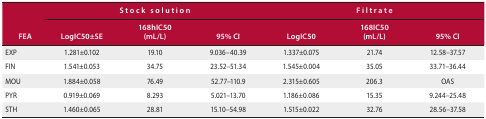
<table><thead><tr><td rowspan="2"><b>FEA</b></td><td colspan="3"><b>Stock solution</b></td><td colspan="3"><b>Filtrate</b></td></tr><tr><td><b>LogIC50±SE</b></td><td><b>168hIC50 (mL/L)</b></td><td><b>95% CI</b></td><td><b>LogIC50</b></td><td><b>168IC50 (mL/L)</b></td><td><b>95% CI</b></td></tr></thead><tbody><tr><td>EXP</td><td>1.281±0.102</td><td>19.10</td><td>9.036–40.39</td><td>1.337±0.075</td><td>21.74</td><td>12.58–37.57</td></tr><tr><td>FIN</td><td>1.541±0.053</td><td>34.75</td><td>23.52–51.34</td><td>1.545±0.004</td><td>35.05</td><td>33.71–36.44</td></tr><tr><td>MOU</td><td>1.884±0.058</td><td>76.49</td><td>52.77–110.9</td><td>2.315±0.605</td><td>206.3</td><td>OAS</td></tr><tr><td>PYR</td><td>0.919±0.069</td><td>8.293</td><td>5.021–13.70</td><td>1.186±0.086</td><td>15.35</td><td>9.244–25.48</td></tr><tr><td>STH</td><td>1.460±0.065</td><td>28.81</td><td>15.10–54.98</td><td>1.515±0.022</td><td>32.76</td><td>28.56–37.58</td></tr></tbody></table>